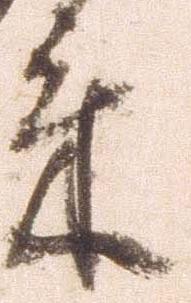
来